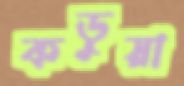
কড়ুয়া